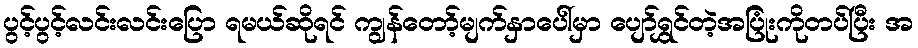
ပွင့်ပွင့်လင်းလင်းပြော ရမယ်ဆိုရင် ကျွန်တော့်မျက်နှာပေါ်မှာ ပျော်ရွှင်တဲ့အပြုံးကိုတပ်ပြီး အ